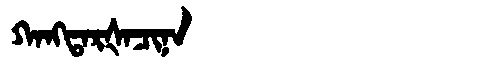
Manchu: ᡴᠠᠩᡨᠠᡵᡧᠠᠴᡳᠨᠠ
Romanization: KANGTARŠACINA